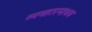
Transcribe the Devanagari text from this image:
व्यवहारमाधव